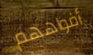
أفواههم